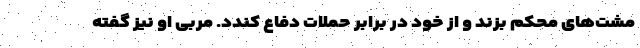
مشت‌های محکم بزند و از خود در برابر حملات دفاع کندد. مربی او نیز گفته